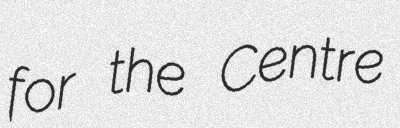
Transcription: for the Centre